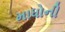
માધોની